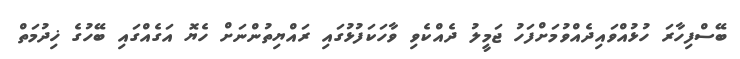
ބޭސްފިހާރަ ހުޅުއްވައިދެއްވުމަށްފަހު ޖަމީލު ދެއްކެވި ވާހަކަފުޅުގައި ރައްޔިތުންނަށް ހެޔޮ އަގެއްގައި ބޭހުގެ ޚިދުމަތް